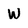
Character: W